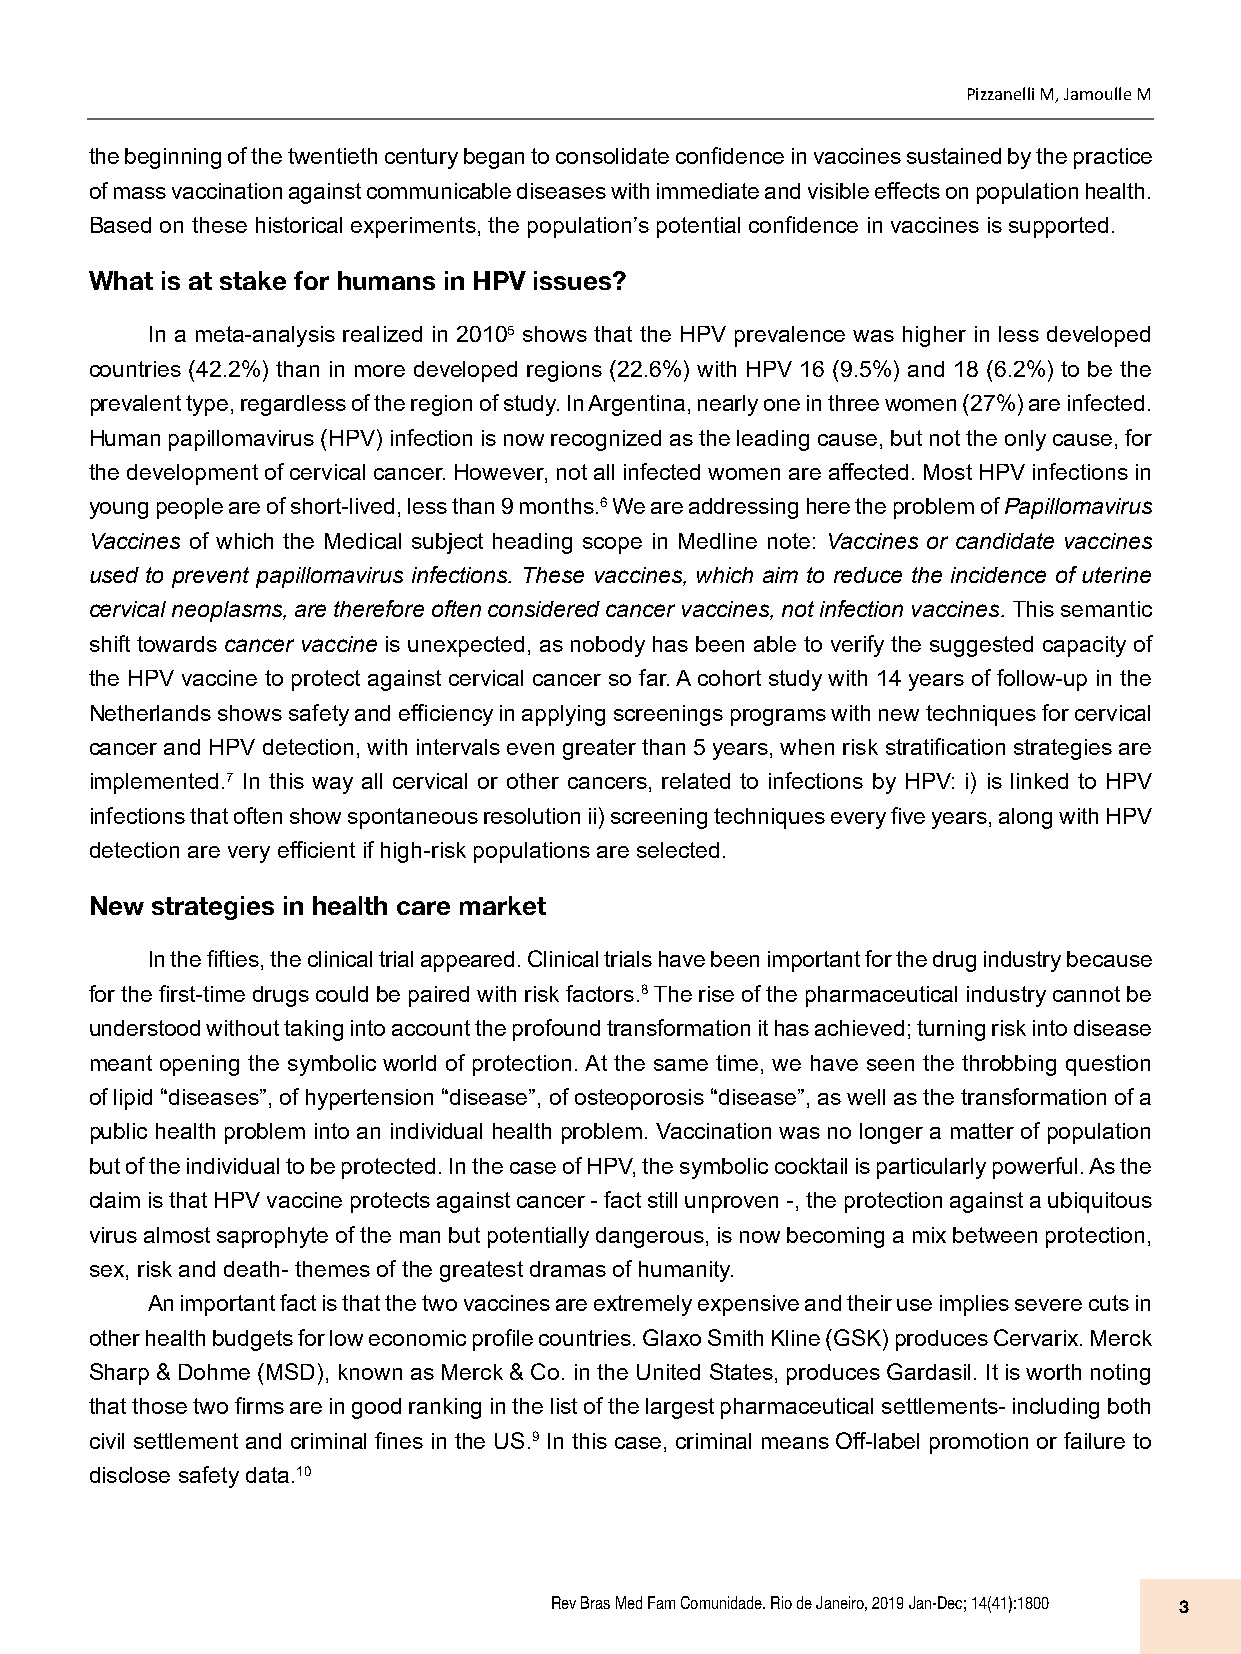
Pizzanelli M, Jamoulle M
 the beginning of the twentieth century began to consolidate confidence in vaccines sustained by the practice
 of mass vaccination against communicable diseases with immediate and visible effects on population health.
 Based on these historical experiments, the population’s potential confidence in vaccines is supported.
 What is at stake for humans in HPV issues?
 In a meta-analysis realized in 20105 shows that the HPV prevalence was higher in less developed
 countries (42.2%) than in more developed regions (22.6%) with HPV 16 (9.5%) and 18 (6.2%) to be the
 prevalent type, regardless of the region of study. In Argentina, nearly one in three women (27%) are infected.
 Human papillomavirus (HPV) infection is now recognized as the leading cause, but not the only cause, for
 the development of cervical cancer. However, not all infected women are affected. Most HPV infections in
 young people are of short-lived, less than 9 months.6 We are addressing here the problem of Papillomavirus
 Vaccines of which the Medical subject heading scope in Medline note: Vaccines or candidate vaccines
 used to prevent papillomavirus infections. These vaccines, which aim to reduce the incidence of uterine
 cervical neoplasms, are therefore often considered cancer vaccines, not infection vaccines. This semantic
 shift towards cancer vaccine is unexpected, as nobody has been able to verify the suggested capacity of
 the HPV vaccine to protect against cervical cancer so far. A cohort study with 14 years of follow-up in the
 Netherlands shows safety and efficiency in applying screenings programs with new techniques for cervical
 cancer and HPV detection, with intervals even greater than 5 years, when risk stratification strategies are
 implemented.7 In this way all cervical or other cancers, related to infections by HPV: i) is linked to HPV
 infections that often show spontaneous resolution ii) screening techniques every five years, along with HPV
 detection are very efficient if high-risk populations are selected.
 New strategies in health care market
 In the fifties, the clinical trial appeared. Clinical trials have been important for the drug industry because
 for the first-time drugs could be paired with risk factors.8 The rise of the pharmaceutical industry cannot be
 understood without taking into account the profound transformation it has achieved; turning risk into disease
 meant opening the symbolic world of protection. At the same time, we have seen the throbbing question
 of lipid “diseases”, of hypertension “disease”, of osteoporosis “disease”, as well as the transformation of a
 public health problem into an individual health problem. Vaccination was no longer a matter of population
 but of the individual to be protected. In the case of HPV, the symbolic cocktail is particularly powerful. As the
 claim is that HPV vaccine protects against cancer - fact still unproven -, the protection against a ubiquitous
 virus almost saprophyte of the man but potentially dangerous, is now becoming a mix between protection,
 sex, risk and death- themes of the greatest dramas of humanity.
 An important fact is that the two vaccines are extremely expensive and their use implies severe cuts in
 other health budgets for low economic profile countries. Glaxo Smith Kline (GSK) produces Cervarix. Merck
 Sharp & Dohme (MSD), known as Merck & Co. in the United States, produces Gardasil. It is worth noting
 that those two firms are in good ranking in the list of the largest pharmaceutical settlements- including both
 civil settlement and criminal fines in the US.9 In this case, criminal means Off-label promotion or failure to
 disclose safety data.10
 Rev Bras Med Fam Comunidade. Rio de Janeiro, 2019 Jan-Dec; 14(41):1800 3